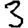
Digit: 3